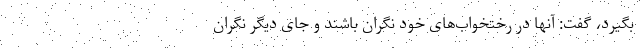
بگیرد، گفت: آنها در رختخواب‌های خود نگران باشند و جای دیگر نگران